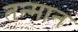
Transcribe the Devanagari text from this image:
तन्मान